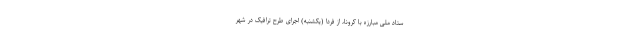
ستاد ملی مبارزه با کرونا، از فردا (یکشنبه) اجرای طرح ترافیک در شهر